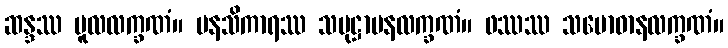
ဆန္ဒဿ မူလလက္ခဏံ။ မနသိကာရဿ သမုဋ္ဌာပနလက္ခဏံ။ ဖဿဿ သမောဓာနလက္ခဏံ။